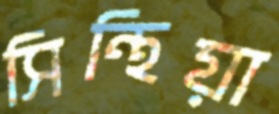
সিন্থিয়া